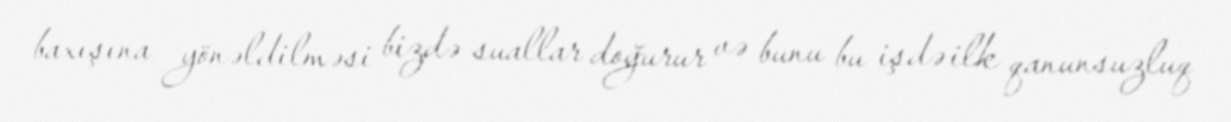
baxışına yönəldilməsi bizdə suallar doğurur və bunu bu işdə ilk qanunsuzluq